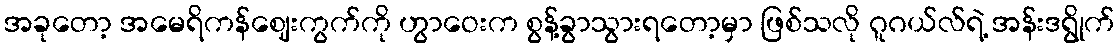
အခုတော့ အမေရိကန်ဈေးကွက်ကို ဟွာဝေးက စွန့်ခွာသွားရတော့မှာ ဖြစ်သလို ဂူဂယ်လ်ရဲ့ အန်းဒရွိုက်